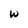
Character: w